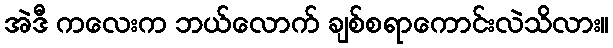
အဲဒီ ကလေးက ဘယ်လောက် ချစ်စရာကောင်းလဲသိလား။